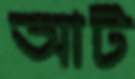
আট